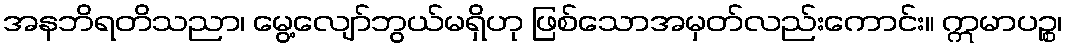
အနဘိရတိသညာ၊ မွေ့လျော်ဘွယ်မရှိဟု ဖြစ်သောအမှတ်လည်းကောင်း။ ဣမာပဉ္စ၊